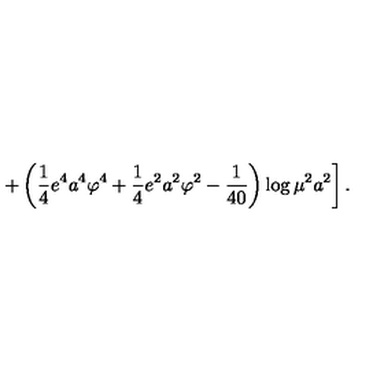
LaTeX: \left. + \left( \frac 1 4 e ^ { 4 } a ^ { 4 } \varphi ^ { 4 } + \frac 1 4 e ^ { 2 } a ^ { 2 } \varphi ^ { 2 } - { \frac { 1 } { 4 0 } } \right) \log \mu ^ { 2 } a ^ { 2 } \right] .